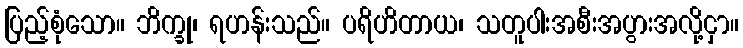
ပြည့်စုံသော။ ဘိက္ခု၊ ရဟန်းသည်။ ပရိဟိတာယ၊ သတူပါးအစီးအပွားအလို့ငှာ။